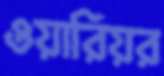
ওয়ারিয়র